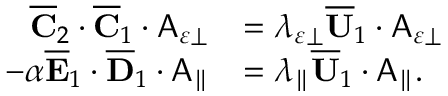
\begin{array} { r l } { \overline { { \mathbf { C } } } _ { 2 } \cdot \overline { { \mathbf { C } } } _ { 1 } \cdot \mathsf { A } _ { \varepsilon \perp } } & { = \lambda _ { \varepsilon \perp } \overline { { \mathbf { U } } } _ { 1 } \cdot \mathsf { A } _ { \varepsilon \perp } } \\ { - \alpha \overline { { \mathbf { E } } } _ { 1 } \cdot \overline { { \mathbf { D } } } _ { 1 } \cdot \mathsf { A } _ { \parallel } } & { = \lambda _ { \parallel } \overline { { \mathbf { U } } } _ { 1 } \cdot \mathsf { A } _ { \parallel } . } \end{array}